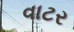
વાટર